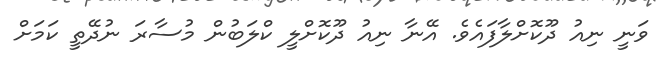
ވަނީ ނިއު ދޫކޮށްލާފައެވެ. އޭނާ ނިއު ދޫކޮށްލީ ކްލަބުން މުސާރަ ނުދޭތީ ކަމަށް